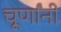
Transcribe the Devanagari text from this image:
चूर्णांनी